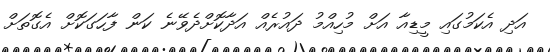
އަދި އެކަމުގައި މީޑިއާ އަށް މުހިއްމު ދައުރެއް އަދާކޮށްދެވޭނެ ކަން ފާހަގަކޮށް އެގޮތަށް